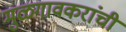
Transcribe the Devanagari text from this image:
मुळगावकरांची